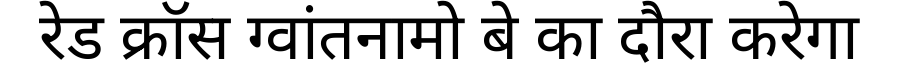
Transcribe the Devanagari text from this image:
रेड क्रॉस ग्वांतनामो बे का दौरा करेगा